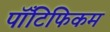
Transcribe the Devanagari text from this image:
पॉँटिफिकम